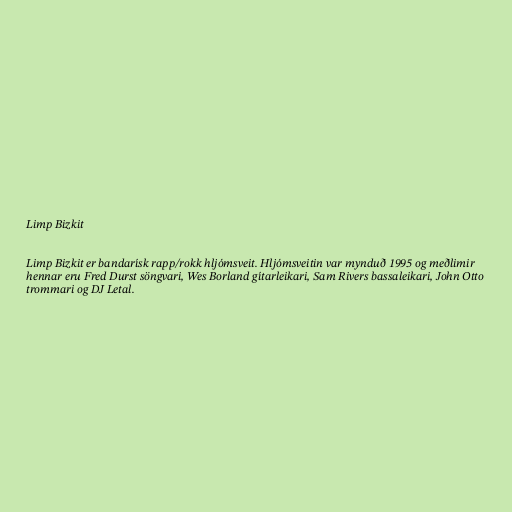
Limp Bizkit

Limp Bizkit er bandarísk rapp/rokk hljómsveit. Hljómsveitin var mynduð 1995 og meðlimir
hennar eru Fred Durst söngvari, Wes Borland gítarleikari, Sam Rivers bassaleikari, John Otto
trommari og DJ Letal.